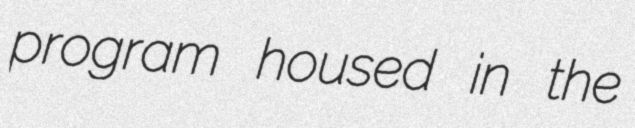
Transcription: program housed in the